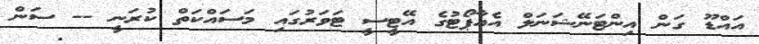
އައްޑޫ ގަން އިންޓަނޭޝަނަލް އެއާޕޯޓުގެ އޭޓީސީ ޓަވަރުގައި މަސައްކަތް ކުރަނީ -- ސަން